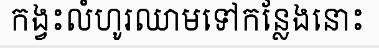
កង្វះលំហូរឈាមទៅកន្លែងនោះ